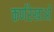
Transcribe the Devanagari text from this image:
कर्णरेखाओं